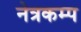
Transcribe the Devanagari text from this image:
नेत्रकम्प